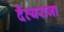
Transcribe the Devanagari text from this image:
दैत्यराजा